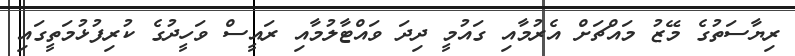
ރިޔާސަތުގެ މޭޒު މައްޗަށް އެރުމާއި ގައުމީ ދިދަ ވައްޓާލުމާއި ރައީސް ވަހީދުގެ ކުރިފުޅުމަތީގައި